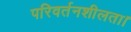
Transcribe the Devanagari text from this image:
परिवर्तनशीलता।